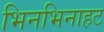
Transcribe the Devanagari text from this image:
भिनभिनाहट